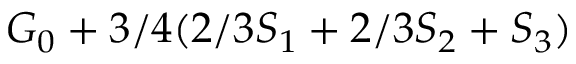
G _ { 0 } + 3 / 4 ( 2 / 3 S _ { 1 } + 2 / 3 S _ { 2 } + S _ { 3 } )